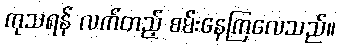
ကုသရန် လက်တည့် စမ်းနေကြလေသည်။